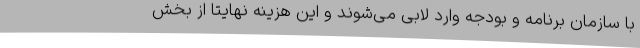
با سازمان برنامه و بودجه وارد لابی می‌شوند و این هزینه نهایتا از بخش